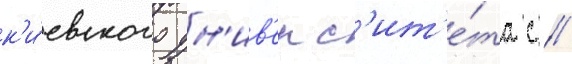
к'и́евского ун'ив'ерс'ит'е́та с //